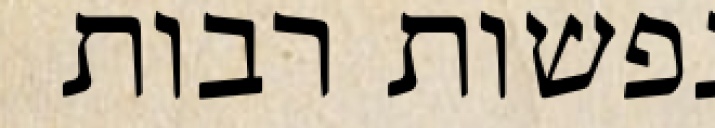
נפשות רבות